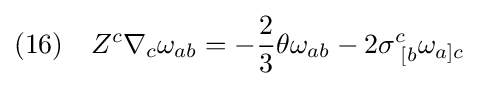
(16)\quad Z^{c}\nabla _{c}\omega _{ab}=-{\frac {2}{3}}\theta \omega _{ab}-2\sigma _{\;[b}^{c}\omega _{a]c}\;